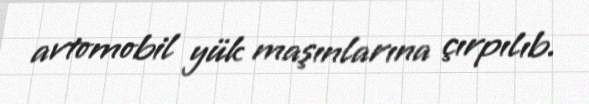
avtomobil yük maşınlarına çırpılıb.